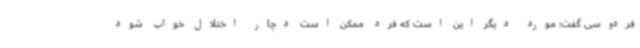
فردوسی گفت: مورد دیگر این است که فرد ممکن است دچار اختلال خواب شود